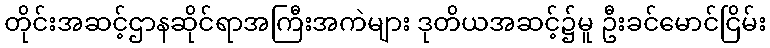
တိုင်းအဆင့်ဌာနဆိုင်ရာအကြီးအကဲများ ဒုတိယအဆင့်၌မူ ဦးခင်မောင်ငြိမ်း